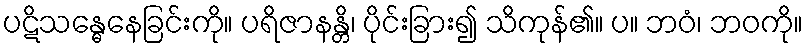
ပဋိသန္ဓေနေခြင်းကို။ ပရိဇာနန္တိ၊ ပိုင်းခြား၍ သိကုန်၏။ ပ။ ဘဝံ၊ ဘဝကို။